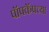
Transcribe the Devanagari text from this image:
पॉपकॅपच्या